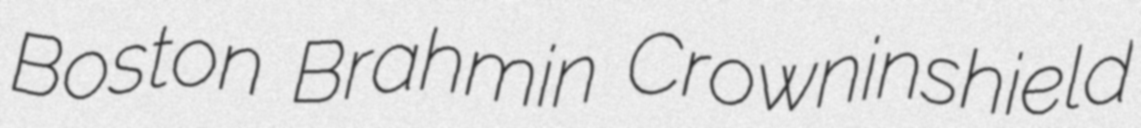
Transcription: Boston Brahmin Crowninshield